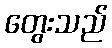
တွေးသည်